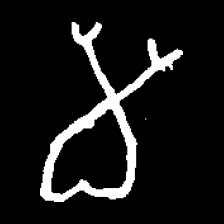
Pyu character \u2014 Myanmar letter: မ (romanized: ma)